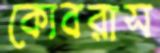
কোবরাস